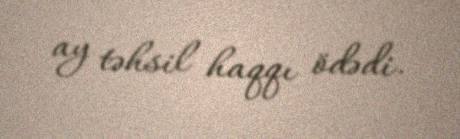
ay təhsil haqqı ödədi.